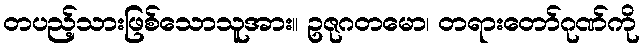
တပည့်သားဖြစ်သောသူအား။ ဥဇုဂတမော၊ တရားတော်ဂုဏ်ကို